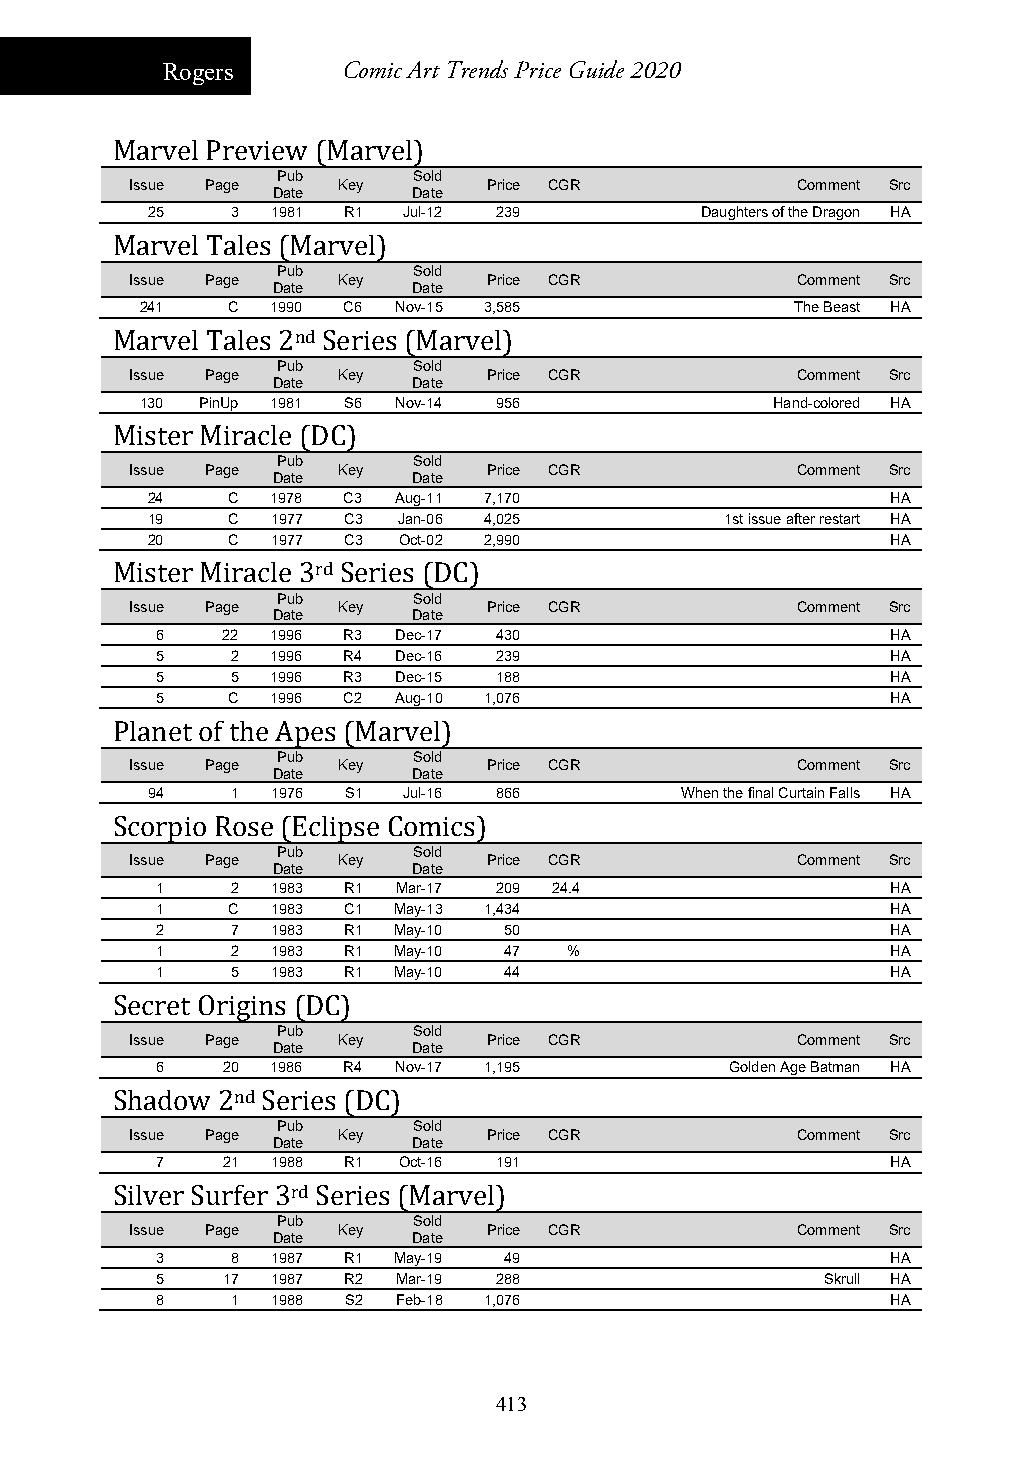
Rogers      Comic Art Trends Price Guide 2020
 Marvel Preview (Marvel)
 Pub      Sold
 Issue Page   Key       Price CGR            Comment Src
 Date     Date
 25   3  1981 R1  Jul-12 239         Daughters of the Dragon HA
 Marvel Tales (Marvel)
 Pub      Sold
 Issue Page   Key       Price CGR            Comment Src
 Date     Date
 241   C  1990 C6 Nov-15 3,585               The Beast HA
 Marvel Tales 2nd Series (Marvel)
 Pub      Sold
 Issue Page   Key       Price CGR            Comment Src
 Date     Date
 130 PinUp 1981 S6 Nov-14 956              Hand-colored HA
 Mister Miracle (DC)
 Pub      Sold
 Issue Page   Key       Price CGR            Comment Src
 Date     Date
 24   C  1978 C3 Aug-11 7,170                     HA
 19   C  1977 C3 Jan-06 4,025          1st issue after restart HA
 20   C  1977 C3 Oct-02 2,990                     HA
 Mister Miracle 3rd Series (DC)
 Pub      Sold
 Issue Page   Key       Price CGR            Comment Src
 Date     Date
 6    22 1996 R3 Dec-17 430                       HA
 5    2  1996 R4 Dec-16 239                       HA
 5    5  1996 R3 Dec-15 188                       HA
 5    C  1996 C2 Aug-10 1,076                     HA
 Planet of the Apes (Marvel)
 Pub      Sold
 Issue Page   Key       Price CGR            Comment Src
 Date     Date
 94   1  1976 S1  Jul-16 866        When the final Curtain Falls HA
 Scorpio Rose (Eclipse Comics)
 Pub      Sold
 Issue Page   Key       Price CGR            Comment Src
 Date     Date
 1    2  1983 R1 Mar-17 209 24.4                  HA
 1    C  1983 C1 May-13 1,434                     HA
 2    7  1983 R1 May-10 50                        HA
 1    2  1983 R1 May-10 47   %                    HA
 1    5  1983 R1 May-10 44                        HA
 Secret Origins (DC)
 Pub      Sold
 Issue Page   Key       Price CGR            Comment Src
 Date     Date
 6    20 1986 R4 Nov-17 1,195          Golden Age Batman HA
 Shadow 2nd Series (DC)
 Pub      Sold
 Issue Page   Key       Price CGR            Comment Src
 Date     Date
 7    21 1988 R1 Oct-16 191                       HA
 Silver Surfer 3rd Series (Marvel)
 Pub      Sold
 Issue Page   Key       Price CGR            Comment Src
 Date     Date
 3    8  1987 R1 May-19 49                        HA
 5    17 1987 R2 Mar-19 288                   Skrull HA
 8    1  1988 S2 Feb-18 1,076                     HA
 413